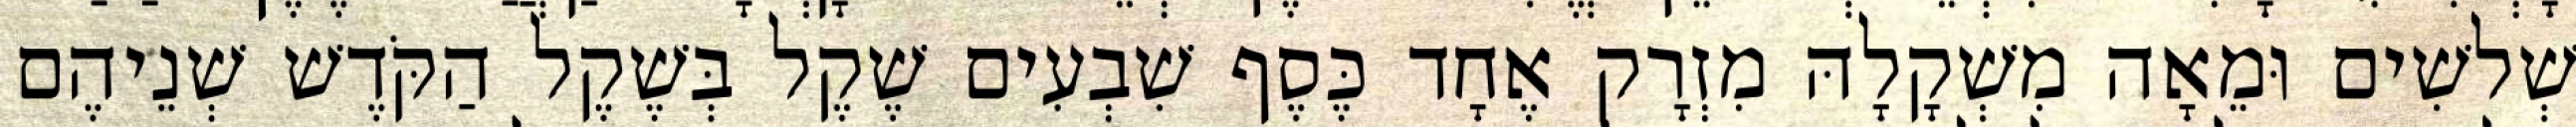
שְׁלשִׁים וּמֵאָה מִשְׁקָלָהּ מִזְרָק אֶחָד כֶּסֶף שִׁבְעִים שֶׁקֶל בְּשֶׁקֶל הַקֹּדֶשׁ שְׁנֵיהֶם